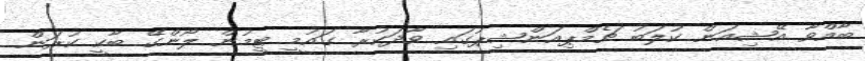
ބާއްވާ އޭޝިއަން ކުލަބު ޗެމްޕިއަންޝިޕުގައި ވާދަކުރާ ގައުމީ ޓީމުން ލޯންގޭ ބާކީ ކުރަން